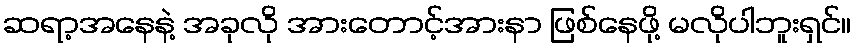
ဆရာ့အနေနဲ့ အခုလို အားတောင့်အားနာ ဖြစ်နေဖို့ မလိုပါဘူးရှင်။